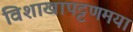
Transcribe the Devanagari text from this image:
विशाखापट्टणमया